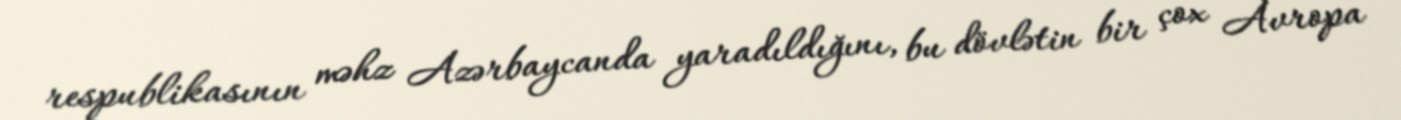
respublikasının məhz Azərbaycanda yaradıldığını, bu dövlətin bir çox Avropa